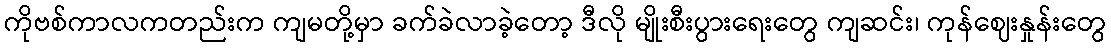
ကိုဗစ်ကာလကတည်းက ကျမတို့မှာ ခက်ခဲလာခဲ့တော့ ဒီလို မျိုးစီးပွားရေးတွေ ကျဆင်း၊ ကုန်ဈေးနှုန်းတွေ